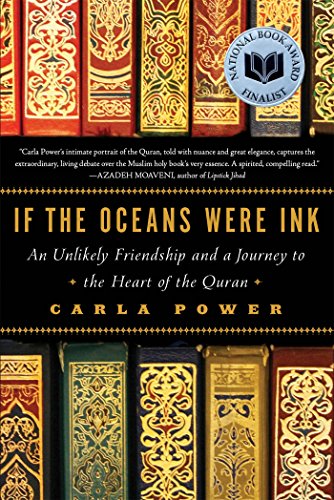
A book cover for If the Oceans Were Ink: An Unlikely Friendship and a Journey to the Heart of the Quran; Carla Power; Religion & Spirituality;